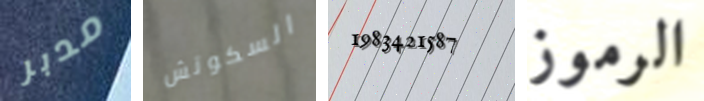
مدبر السكوتش 1983421587 الرموز